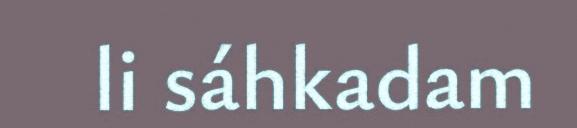
li sáhkadam